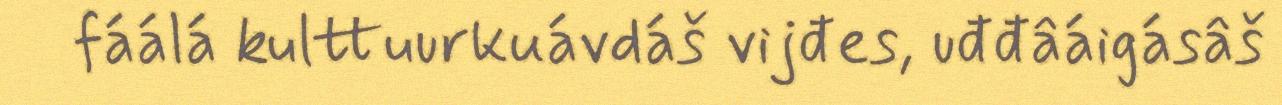
fáálá kulttuurkuávdáš vijđes, uđđâáigásâš